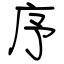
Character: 序